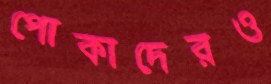
পোকাদেরও